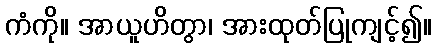
ကံကို။ အာယူဟိတွာ၊ အားထုတ်ပြုကျင့်၍။